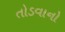
તોડવાનો